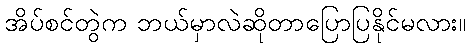
အိပ်စင်တွဲက ဘယ်မှာလဲဆိုတာပြောပြနိုင်မလား။